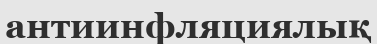
антиинфляциялық